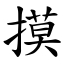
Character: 摸